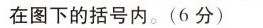
在图下的括号内.(6分)